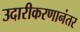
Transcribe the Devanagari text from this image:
उदारीकरणानंतर